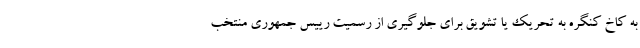
به کاخ کنگره به تحریک یا تشویق برای جلوگیری از رسمیت رییس جمهوری منتخب